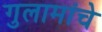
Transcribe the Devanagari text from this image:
गुलामांचे